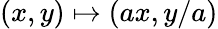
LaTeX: (x,y)\mapsto(ax,y/a)